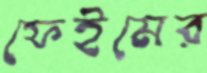
ফেইমের